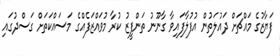
ފަޔާޒުގެ މައްޗަށް ދައުލަތުން އުފުލާފައިވާ ގާނޫނު ތަންފީޒު ކުރާ މުވައްޒަފެއްގެ މަސައްކަތަށް ގަސްދުގައި